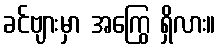
ခင်ဗျားမှာ အကြွေ ရှိလား။